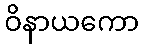
ဝိနာယကော